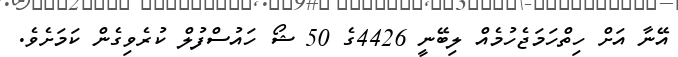
އޭނާ އަށް ހިތްހަމަޖެހުމެއް ލިބޭނީ 4426ގެ 50 ޝޯ ހައުސްފުލް ކުރެވިގެން ކަމަށެވެ.